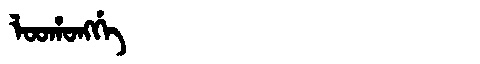
Manchu: ᠯᠣᠣᡥᠣᠩᡤᡝ
Romanization: LOOHONGGE